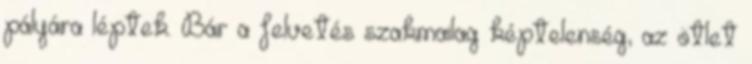
pályára léptek. Bár a felvetés szakmailag képtelenség, az ötlet